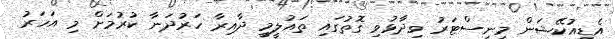
އެޑިއުކޭޝަން މިނިސްޓަރު ވިދާޅުވި ގޮތުގައި ތައުލީމީ ދާއިރާ ހަރުދަނާ ކުރުމަށް މި އަހަރު